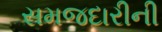
સમજદારીની